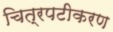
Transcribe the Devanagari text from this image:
चित्रपटीकरण